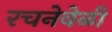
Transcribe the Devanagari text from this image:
रचनेवेळी